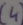
Text: (4)